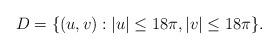
LaTeX: \begin{align*} D= \{(u, v): |u|\leq 18\pi, |v|\leq 18\pi\}. \end{align*}